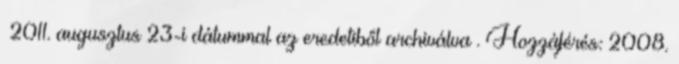
2011. augusztus 23-i dátummal az eredetiből archiválva . Hozzáférés: 2008.